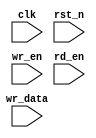
module sync_fifo # (
    parameter DATA_WIDTH = 8,
    parameter FIFO_DEPTH = 8,
    parameter ADDR_WIDH  = 3
)(
    input clk,
    input rst_n,
    input wr_en,
    input [DATA_WIDTH-1:0] wr_data,
    input rd_en,
);
    
endmodule